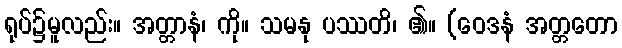
ရုပ်၌မူလည်း။ အတ္တာနံ၊ ကို။ သမနု ပဿတိ၊ ၏။ (ဝေဒနံ အတ္တတော